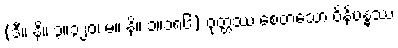
(ဒီ။ နိ။ ၃။၃၂၀၊ မ။ နိ။ ၁။၁၈၆) ဝုတ္တဿ စေတသော ဝိနိဗန္ဓဿ